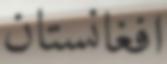
افغانستان